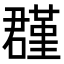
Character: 𡂬